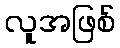
လူအဖြစ်